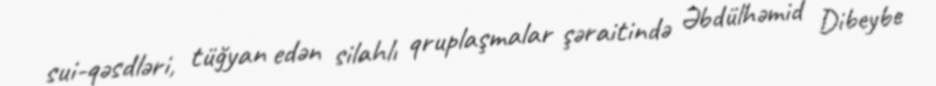
sui-qəsdləri, tüğyan edən silahlı qruplaşmalar şəraitində Əbdülhəmid Dibeybe